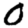
Digit: 0